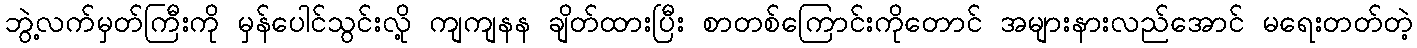
ဘွဲ့လက်မှတ်ကြီးကို မှန်ပေါင်သွင်းလို့ ကျကျနန ချိတ်ထားပြီး စာတစ်ကြောင်းကိုတောင် အများနားလည်အောင် မရေးတတ်တဲ့